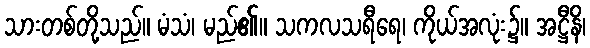
သားတစ်တို့သည်။ မံသံ၊ မည်၏။ သကလသရီရေ၊ ကိုယ်အလုံး၌။ အဋ္ဌီနိ၊